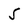
Character: 5